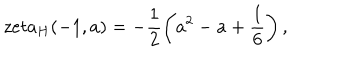
\, z e t a _ { H } ( - 1 , a ) = - \frac { 1 } { 2 } \left( a ^ { 2 } - a + \frac { 1 } { 6 } \right) ,